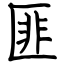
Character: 匪